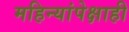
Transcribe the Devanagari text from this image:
महिन्यांपेक्षाही